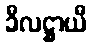
ခီလဋ္ဌာယီ